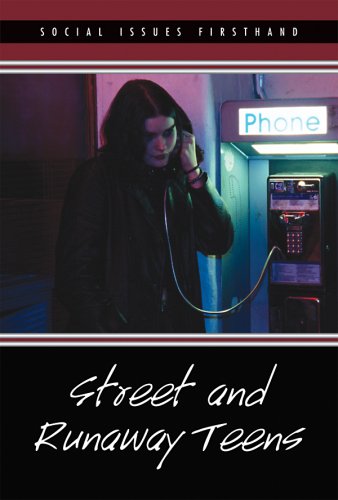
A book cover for Street and Runaway Teens (Social Issues Firsthand); Teen & Young Adult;